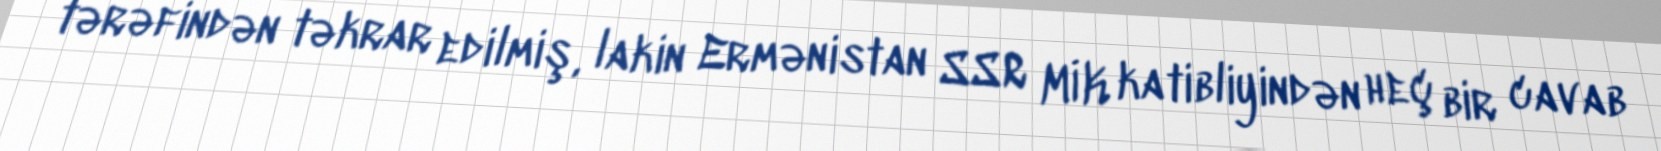
tərəfindən təkrar edilmiş, lakin Ermənistan SSR MİK katibliyindən heç bir cavab